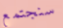
سنجتمع